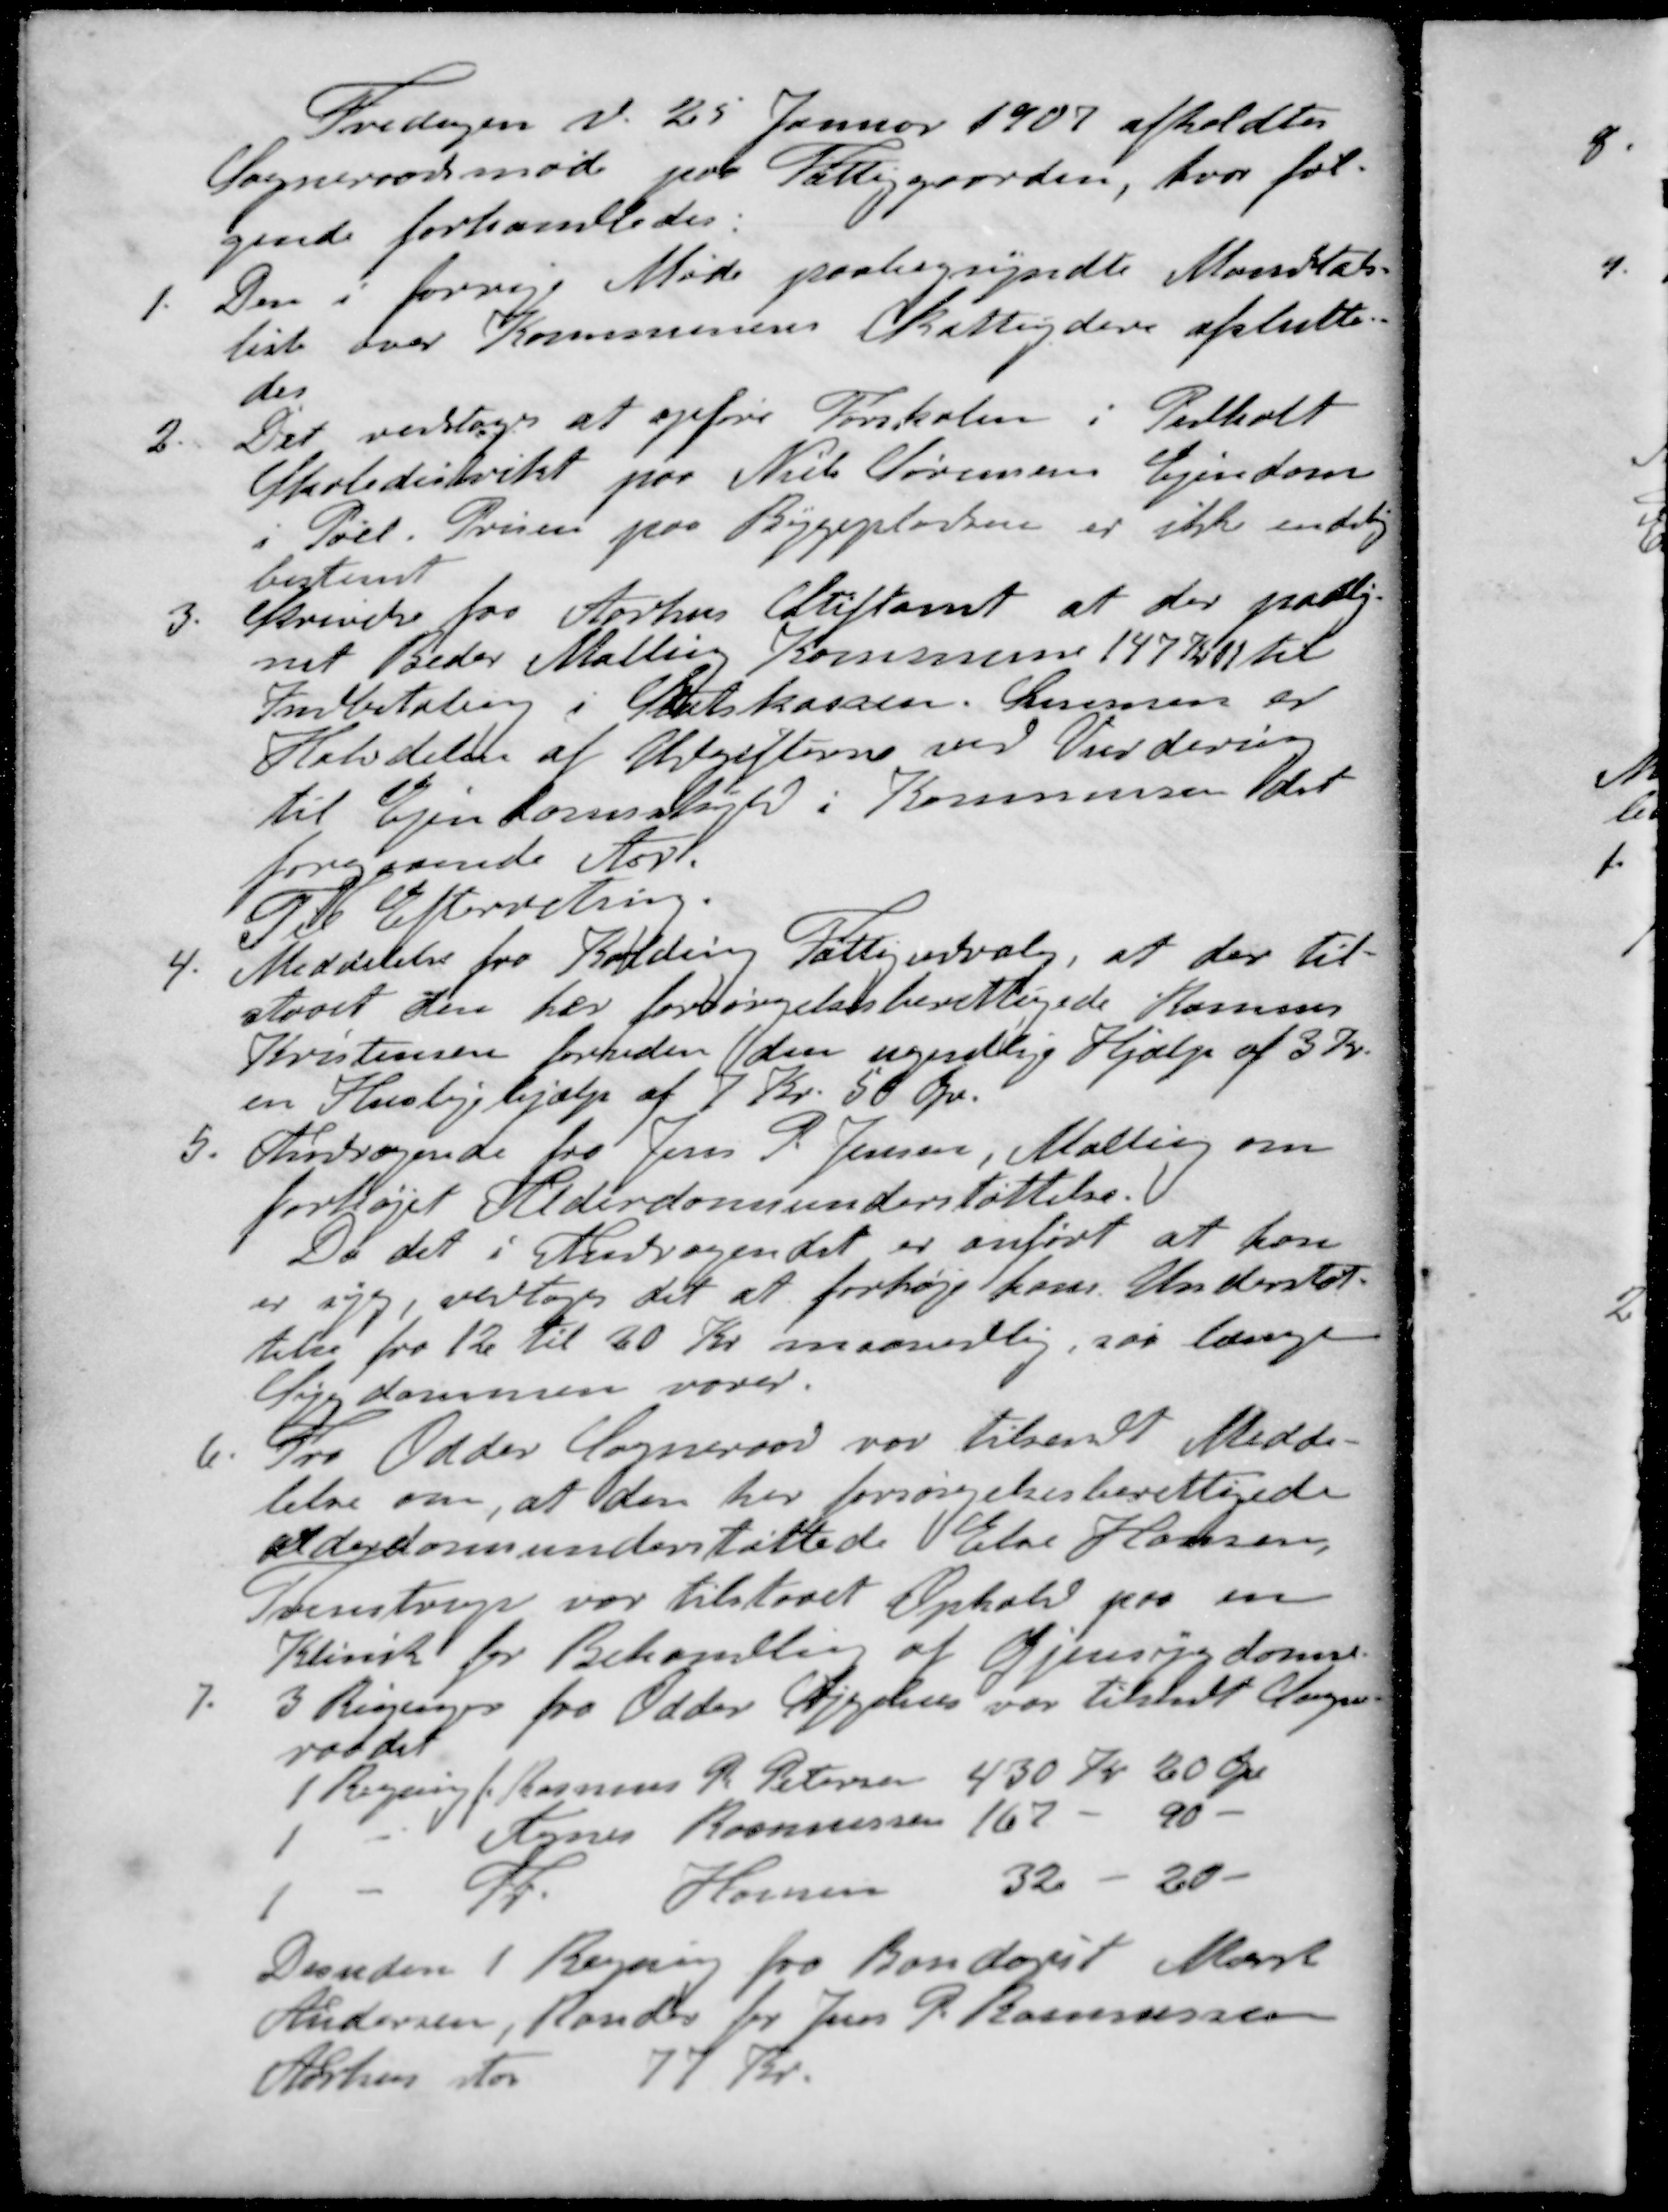
Transskription:
Fredagen d. 25 Januar 1907 afholdtes
Sogneraadsmøde paa Fattiggaarden, hvor føl-
gende forhandledes.
1. Den i forrige Møde paabegyndte Mandtals-
liste over Kommunens Skatteydere afslutte-
des
2. Det vedtoges at opføre Forskolen i Pedholt
Skoledistrikt paa Niels Sørensens Ejendom
i Pøel. Prisen paa Bygepladsen er ikke endelig
bestemt
3. Skrivelse fra Aarhus Stiftamt at der paalig-
net Beder Malling Kommune 147 Kr 11 til
Indbetaling i Statskassen.  er
Halvdelen af Udgifterne ved Vurdering
til Ejendomsskat i Kommunen det
forgaaende Aar.
Til Efterretning
4. Meddelelse fra Kolding Fattigudvalg, at der til-
staaet den her forsørgelsesberettigede Rasmus
Kristensen foruden den ugentlige Hjælp af 3 Kr.
en Huslejehjælp af 7 Kr. 50 Øre.
5. Andragende fra Jens P. Jensen, Malling om
forhøjet Alderdomsunderstøttelse.
Da det i Andragendet er anført at han
er syg, vedtoges det at forhøje paser. Understøt-
telse fra 12 til 20 Kr maanedlig, saa længe
Sygdommen varer.
6. Fra Odder Sogneraad var tilsendt Medde-
lelse om, at den her forsørgelsesberettigede
alderdomsunderstøttede Else Hansen,
Tvenstrup var tilstaaet Ophold paa en
Klinik for Behandling af Øjensygdomme
7. 3 Regninger fra Odder Sygehus var tilstedt Sogne
raadet
1 Regning f. Rasmus P. Petersen 430 Kr 20 Øre
1 - Agnes Rasmussen 167 - 95 -
1 - A. Hansen 32 - 20 -
Desuden 1 Regning fra Bandagist Mark
Andersen, Randlev for Jens P Rasmussen
Århus stor 77 Kr.